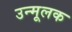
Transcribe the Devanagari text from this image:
उन्मूलक